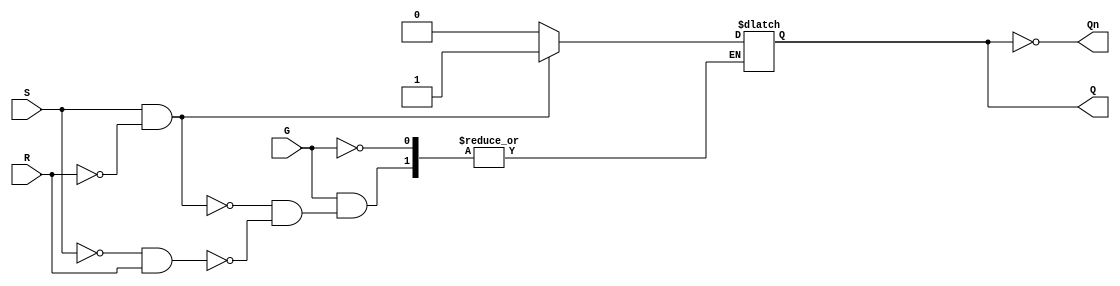
module GatedSRLatch (
    input wire S,   // Set input
    input wire R,   // Reset input
    input wire G,   // Enable signal
    output reg Q,   // Output Q
    output reg Qn   // Complementary output Q'
);

// Always block sensitive to changes in G
always @(G or S or R) begin
    if (G) begin
        if (S && ~R) begin
            Q <= 1'b1;    // Set Q when S is high and R is low
        end else if (~S && R) begin
            Q <= 1'b0;    // Reset Q when S is low and R is high
        end
        // If both S and R are low, hold the current state
        // If both S and R are high, the state is undefined
    end
    // If G is low, maintain the current state
end

// Assign Qn as the inverse of Q
assign Qn = ~Q;

endmodule